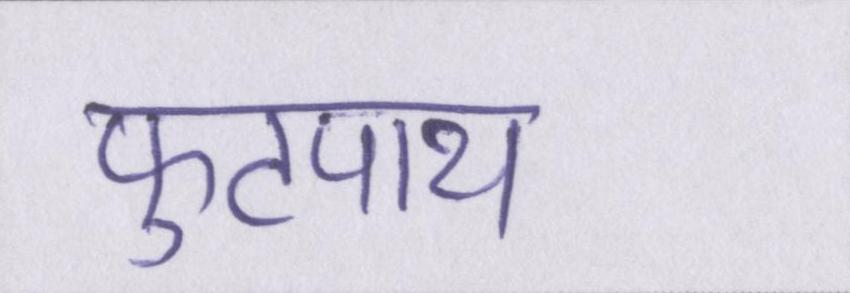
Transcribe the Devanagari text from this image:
फुटपाथ